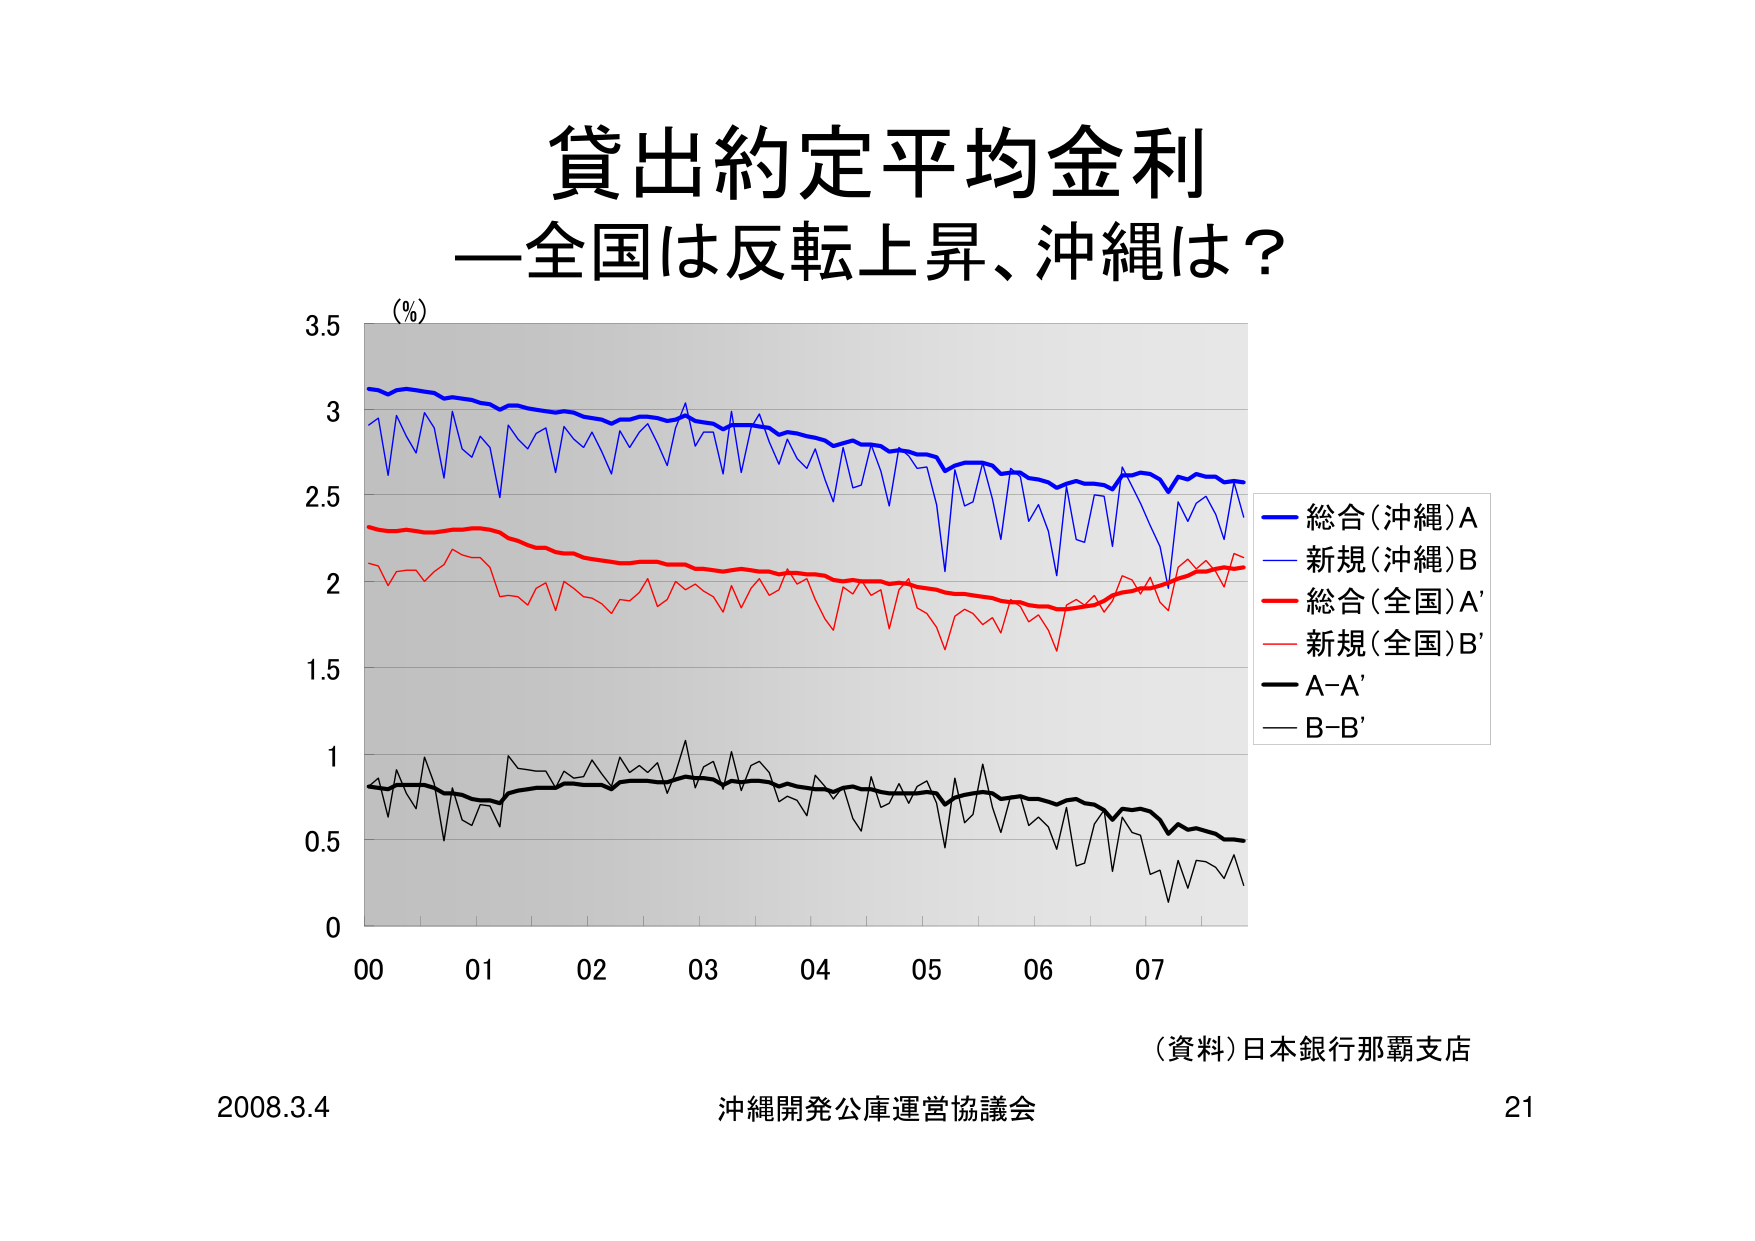
貸出約定平均金利
—全国は反転上昇、沖縄は？

(%)
3.5
3
2.5
2
1.5
1
0.5
0

00  01  02  03  04  05  06  07

— 総合(沖縄)A
— 新規(沖縄)B
— 総合(全国)A'
— 新規(全国)B'
— A-A'
— B-B'

(資料)日本銀行那覇支店

2008.3.4  沖縄開発公庫運営協議会  21